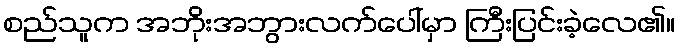
စည်သူက အဘိုးအဘွားလက်ပေါ်မှာ ကြီးပြင်းခဲ့လေ၏။